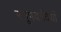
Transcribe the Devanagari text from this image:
स्तूपवादियों